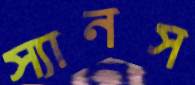
স্যানস